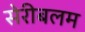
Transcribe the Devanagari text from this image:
सेरीबलम